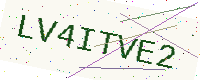
Text: LV4ITVE2